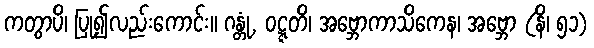
ကတွာပိ၊ ပြု၍လည်းကောင်း။ ဂန္တုံ, ဝဋ္ဋတိ၊ အဗ္ဘောကာသိကေန၊ အဗ္ဘော (နိ၊ ၅၁)